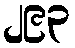
၂၉၃